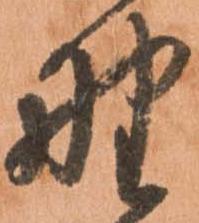
野